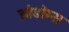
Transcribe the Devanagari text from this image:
सोडोम्स